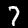
Label: 7